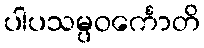
ပါပသမ္ပဝင်္ကောတိ